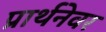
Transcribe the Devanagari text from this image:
प्रार्थनेवर